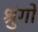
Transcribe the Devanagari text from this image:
श्रुंगों